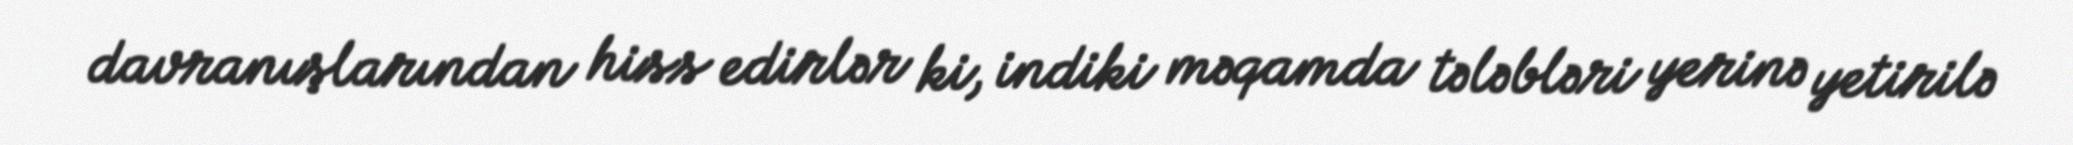
davranışlarından hiss edirlər ki, indiki məqamda tələbləri yerinə yetirilə